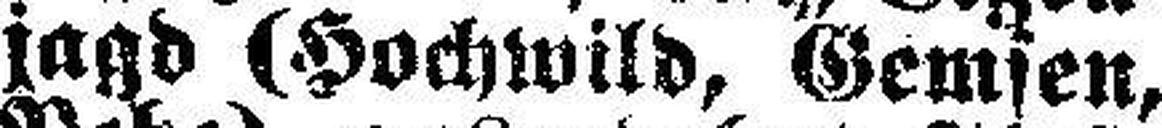
jagd (Hochwild, Gemsen,